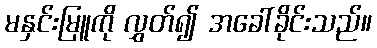
မနှင်းမြူကို လွှတ်၍ အခေါ်ခိုင်းသည်။